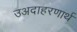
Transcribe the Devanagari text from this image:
उअदाहरणार्थ